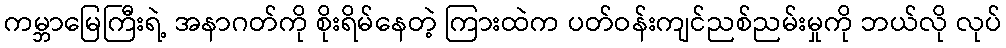
ကမ္ဘာမြေကြီးရဲ့ အနာဂတ်ကို စိုးရိမ်နေတဲ့ ကြားထဲက ပတ်ဝန်းကျင်ညစ်ညမ်းမှုကို ဘယ်လို လုပ်